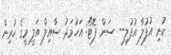
ކުނި އުފުލާ އުފުލި-- ސަން ފޮޓޯ: އަހުމަދު ސާއިލް އަލީ މީގެ ކުރިން